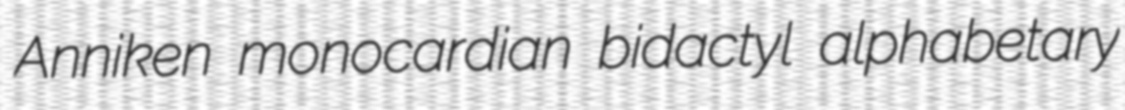
Anniken monocardian bidactyl alphabetary